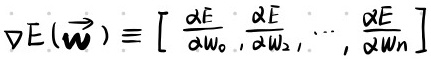
$\nabla E(\vec{\boldsymbol{\omega}}) \equiv\left[\frac{\partial E}{\partial \omega_{0}}, \frac{\partial E}{\partial \omega_{1}}, \cdots, \frac{\partial E}{\partial \omega_{n}}\right]$